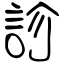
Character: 診